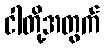
ငါတို့အတွက်